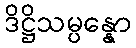
ဒိဋ္ဌိသမ္ပန္နော